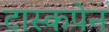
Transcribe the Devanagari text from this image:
टास्कपेन